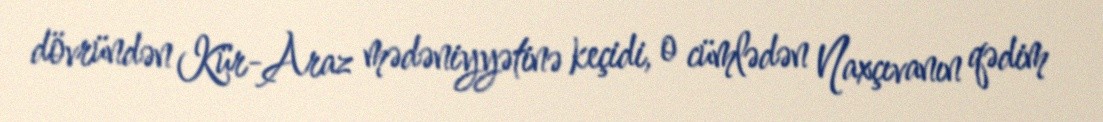
dövründən Kür-Araz mədəniyyətinə keçidi, o cümlədən Naxçıvanın qədim